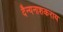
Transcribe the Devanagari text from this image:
दैन्यनाशकराय